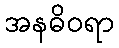
အနဓိဝရာ